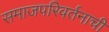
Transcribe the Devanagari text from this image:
समाजपरिवर्तनाची